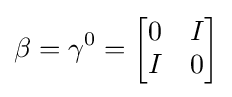
\beta =\gamma ^{0}={\begin{bmatrix}0&I\\I&0\end{bmatrix}}